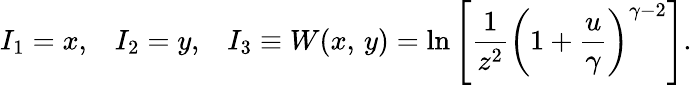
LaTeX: I_{1}=x,\; \; \; I_{2}=y,\; \; \; I_{3}\equiv W(x,\, y)=\ln\left[{\frac{1}{z^{2}}}\left(1+{\frac{u}{\gamma}}\right)^{\gamma-2}\right].